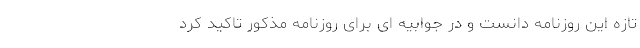
تازه این روزنامه دانست و در جوابیه ای برای روزنامه مذکور تاکید کرد